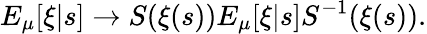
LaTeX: E_{\mu}[\xi|s]\to S(\xi(s))E_{\mu}[\xi|s]S^{-1}(\xi(s)).